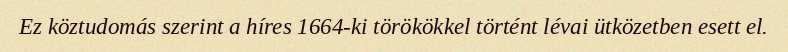
Ez köztudomás szerint a híres 1664-ki törökökkel történt lévai ütközetben esett el.